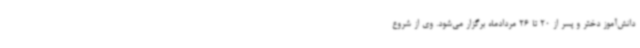
دانش‌آموز دختر و پسر از 20 تا 26 مردادماه برگزار می‌شود. وی از شروع